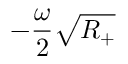
- \frac { \omega } { 2 } \sqrt { R _ { + } }